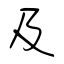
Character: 及